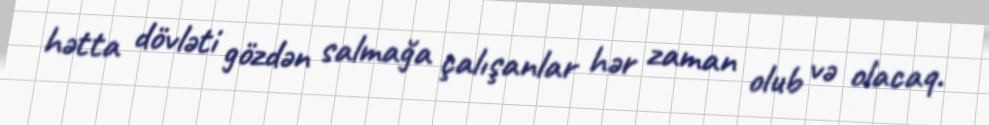
hətta dövləti gözdən salmağa çalışanlar hər zaman olub və olacaq.